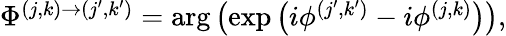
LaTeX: \begin{array}{r}{\Phi^{(j,k)\rightarrow(j^{\prime},k^{\prime})}=\mathrm{arg}\left(\mathrm{exp}\left(i\phi^{(j^{\prime},k^{\prime})}-i\phi^{(j,k)}\right)\right),}\end{array}